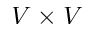
V \times V